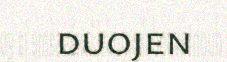
duojen